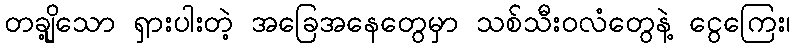
တချို့သော ရှားပါးတဲ့ အခြေအနေတွေမှာ သစ်သီးဝလံတွေနဲ့ ငွေကြေး၊